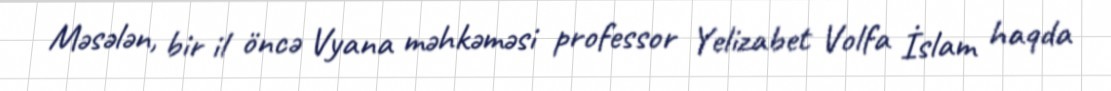
Məsələn, bir il öncə Vyana məhkəməsi professor Yelizabet Volfa İslam haqda